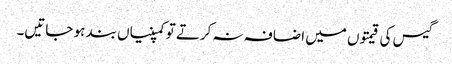
گیس کی قیمتوں میں اضافہ نہ کرتے تو کمپنیاں بند ہو جاتیں۔